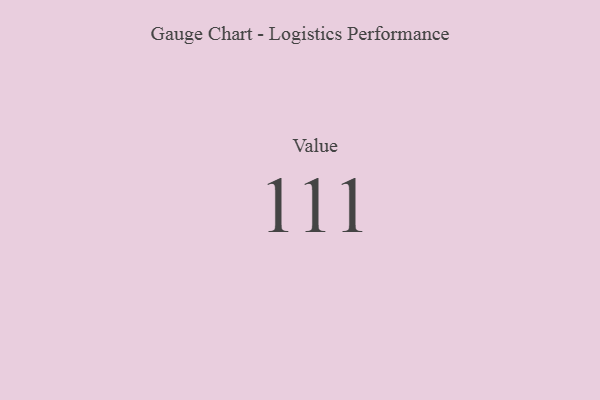
{"axis": {"x": "Metric", "y": "Value"}, "legend": [""], "data": [{"x": "Value", "y": 111, "type": ""}]}